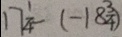
1 7 \frac { 1 } { 4 } - ( - 1 8 \frac { 3 } { 4 } )